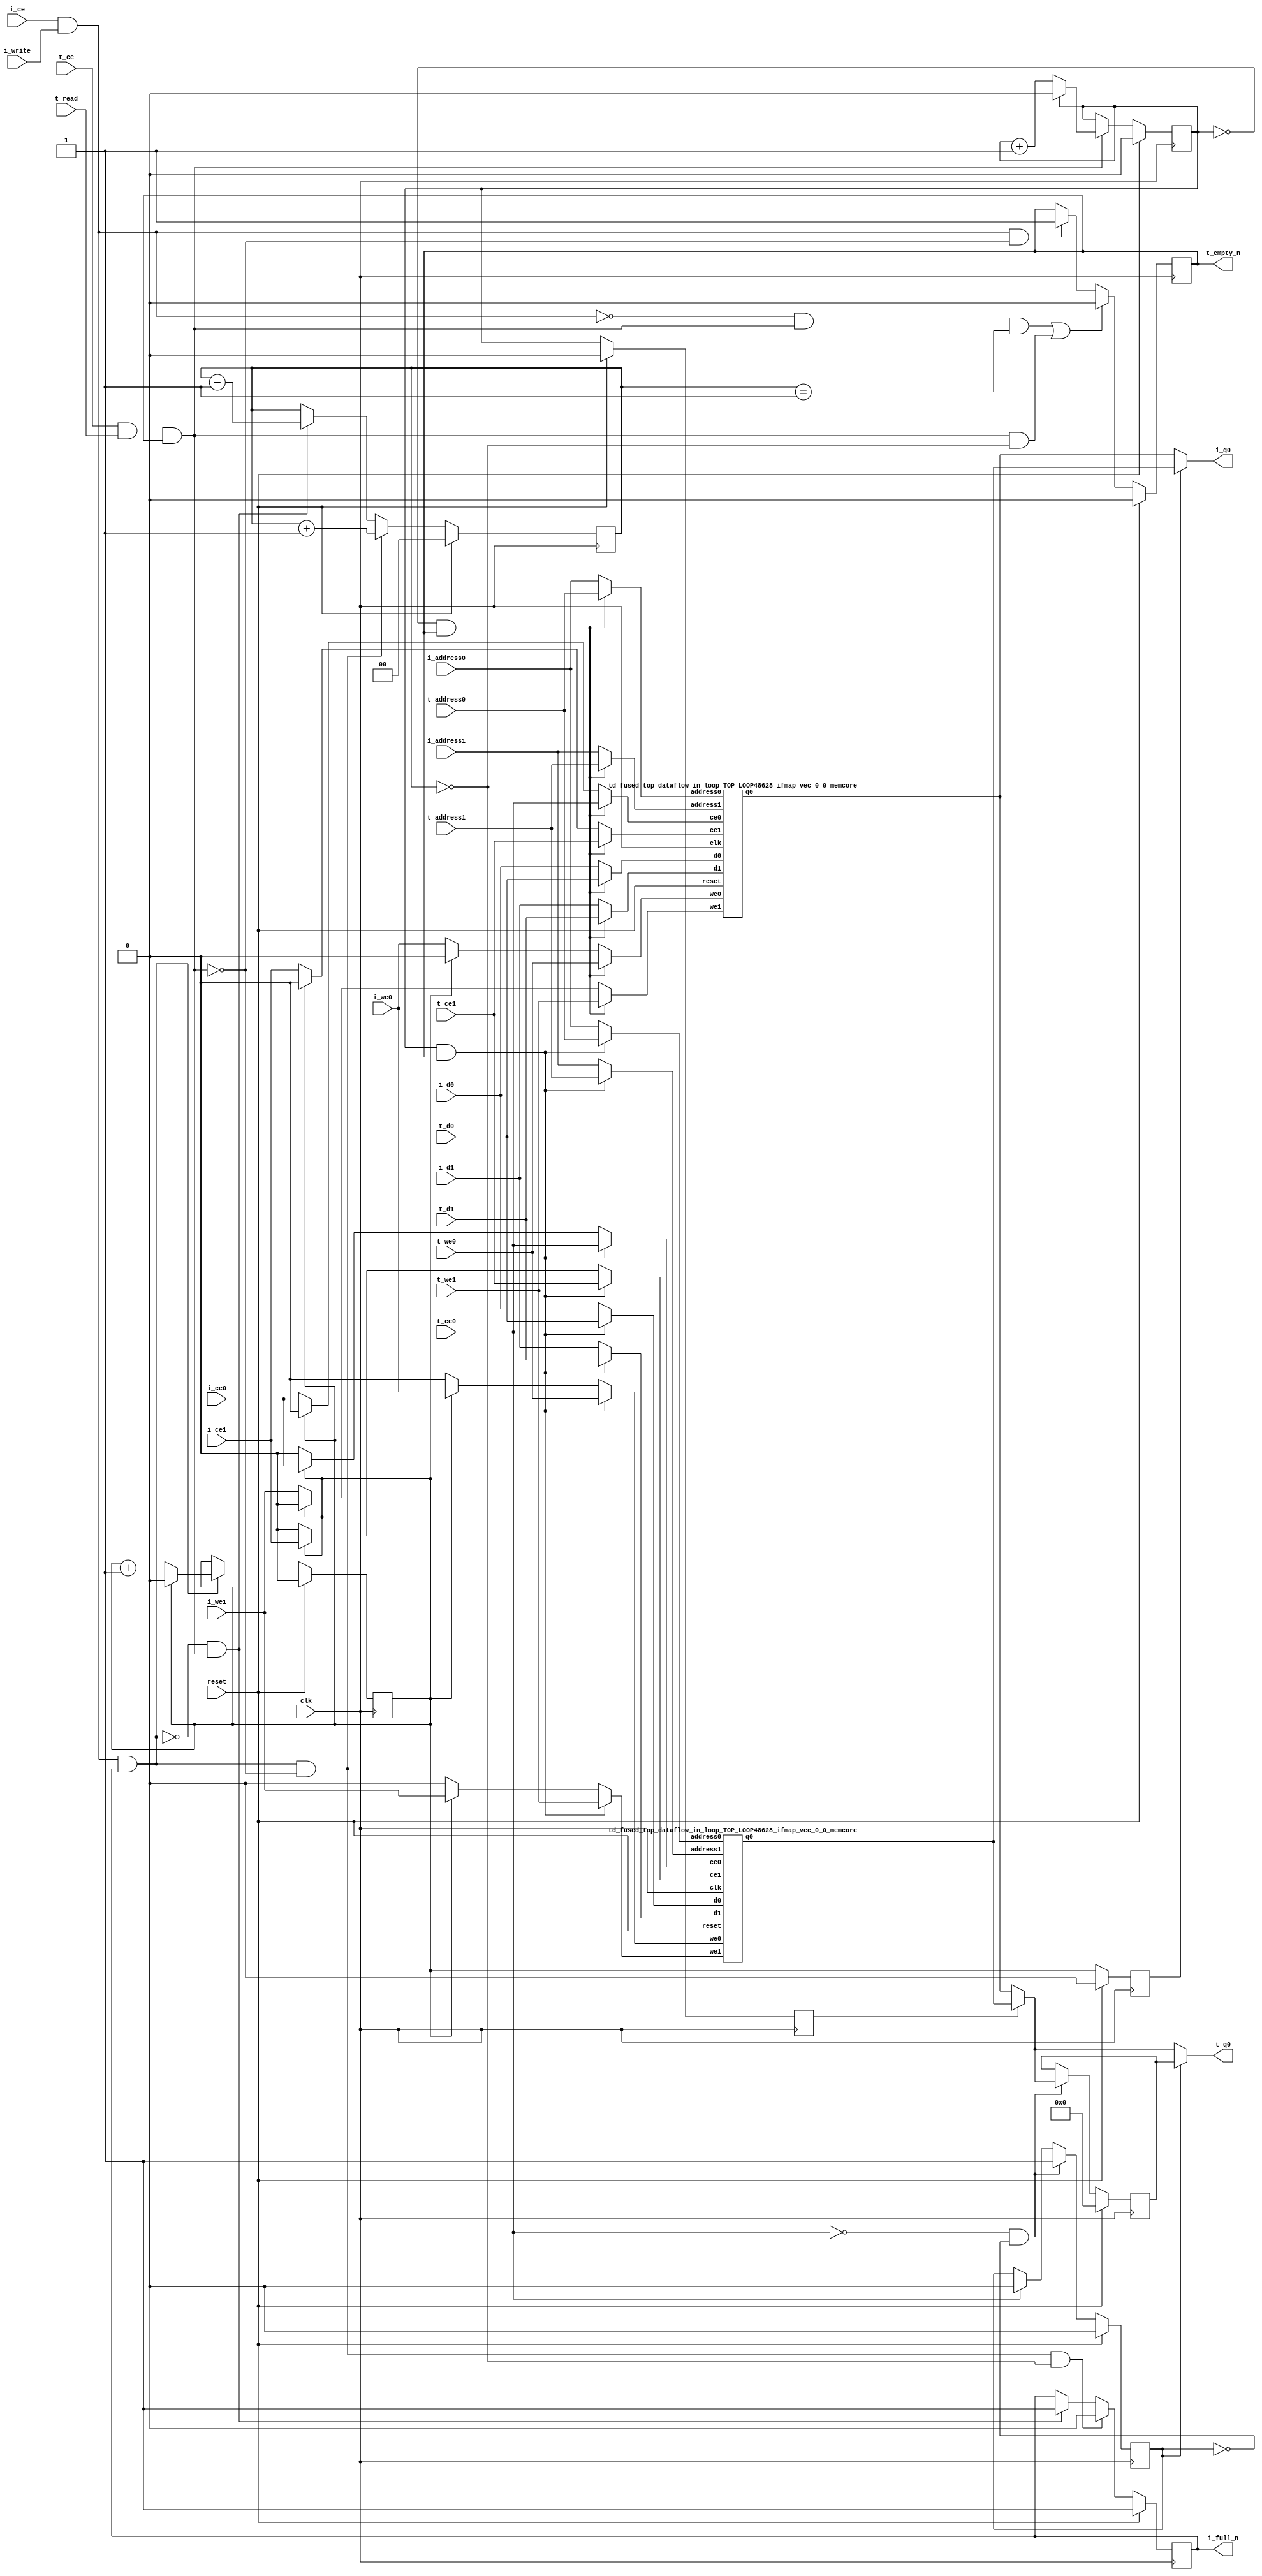
`define EXPONENT 5
`define MANTISSA 10
`define ACTUAL_MANTISSA 11
`define EXPONENT_LSB 10
`define EXPONENT_MSB 14
`define MANTISSA_LSB 0
`define MANTISSA_MSB 9
`define MANTISSA_MUL_SPLIT_LSB 3
`define MANTISSA_MUL_SPLIT_MSB 9
`define SIGN 1
`define SIGN_LOC 15
`define DWIDTH (`SIGN+`EXPONENT+`MANTISSA)
`define IEEE_COMPLIANCE 1

module td_fused_top_dataflow_in_loop_TOP_LOOP48628_ifmap_vec_0_0
#(parameter
    DataWidth    = 16,
    AddressRange = 32,
    AddressWidth = 5,
    BufferCount  = 2,
    MemLatency   = 1,
    IndexWidth   = 1
) (
    // system signals
    input  wire                    clk,
    input  wire                    reset,
    // initiator
    input  wire                    i_ce,
    input  wire                    i_write,
    output wire                    i_full_n,
    input  wire                    i_ce0,
    input  wire                    i_we0,
    input  wire [AddressWidth-1:0] i_address0,
    input  wire [DataWidth-1:0]    i_d0,
    output wire [DataWidth-1:0]    i_q0,
    input  wire                    i_ce1,
    input  wire                    i_we1,
    input  wire [AddressWidth-1:0] i_address1,
    input  wire [DataWidth-1:0]    i_d1,
    // target
    input  wire                    t_ce,
    input  wire                    t_read,
    output wire                    t_empty_n,
    input  wire                    t_ce0,
    input  wire                    t_we0,
    input  wire [AddressWidth-1:0] t_address0,
    input  wire [DataWidth-1:0]    t_d0,
    output wire [DataWidth-1:0]    t_q0,
    input  wire                    t_ce1,
    input  wire                    t_we1,
    input  wire [AddressWidth-1:0] t_address1,
    input  wire [DataWidth-1:0]    t_d1
);
//------------------------Local signal-------------------
// control/status
reg  [IndexWidth-1:0]   iptr    = 1'b0; // initiator index
reg  [IndexWidth-1:0]   tptr    = 1'b0; // target index
reg  [IndexWidth-1:0]   prev_iptr    = 1'b0; // previous initiator index
reg  [IndexWidth-1:0]   prev_tptr    = 1'b0; // previous target index
reg  [DataWidth-1:0]    reg_q0      = 1'b0; // buffer used if reader is stalled
reg                     reg_valid0    = 1'b0; // buffer has valid data
reg  [DataWidth-1:0]    reg_q1      = 1'b0; // buffer used if reader is stalled
reg                     reg_valid1    = 1'b0; // buffer has valid data
reg  [IndexWidth:0]     count   = 1'b0; // count of written buffers
reg                     full_n  = 1'b1; // whether all buffers are written
reg                     empty_n = 1'b0; // whether none of the buffers is written
wire                    push_buf;       // finish writing a buffer
wire                    write_buf;      // write a buffer
wire                    pop_buf;        // finish reading a buffer
// buffer signals
wire [BufferCount-1:0] buf_ce0;
wire [BufferCount-1:0] buf_we0;
wire [AddressWidth-1:0] buf_a0_0, buf_a0_1;
wire [DataWidth-1:0] buf_d0_0, buf_d0_1;
wire [DataWidth-1:0] buf_q0_0, buf_q0_1;
wire [BufferCount-1:0] buf_ce1;
wire [BufferCount-1:0] buf_we1;
wire [AddressWidth-1:0] buf_a1_0, buf_a1_1;
wire [DataWidth-1:0] buf_d1_0, buf_d1_1;
//------------------------Instantiation------------------
//genvar i;
        td_fused_top_dataflow_in_loop_TOP_LOOP48628_ifmap_vec_0_0_memcore td_fused_top_dataflow_in_loop_TOP_LOOP48628_ifmap_vec_0_0_memcore_U_0 (
            .reset    ( reset ),
            .clk      ( clk ),
            .address0 ( buf_a0_0 ),
            .ce0      ( buf_ce0[ 0 ] ),
            .we0      ( buf_we0[ 0 ] ),
            .d0       ( buf_d0_0 ),
            .q0       ( buf_q0_0 ),
            .address1 ( buf_a1_0 ),
            .ce1      ( buf_ce1[ 0 ] ),
            .we1      ( buf_we1[ 0 ] ),
            .d1       ( buf_d1_0 )
        );
        td_fused_top_dataflow_in_loop_TOP_LOOP48628_ifmap_vec_0_0_memcore td_fused_top_dataflow_in_loop_TOP_LOOP48628_ifmap_vec_0_0_memcore_U_1 (
            .reset    ( reset ),
            .clk      ( clk ),
            .address0 ( buf_a0_1 ),
            .ce0      ( buf_ce0[ 1 ] ),
            .we0      ( buf_we0[ 1 ] ),
            .d0       ( buf_d0_1 ),
            .q0       ( buf_q0_1 ),
            .address1 ( buf_a1_1 ),
            .ce1      ( buf_ce1[ 1 ] ),
            .we1      ( buf_we1[ 1 ] ),
            .d1       ( buf_d1_1 )
        );

//++++++++++++++++++++++++buffer signals+++++++++++++++++
        assign buf_ce0[ 0 ] = (tptr ==  0  && empty_n) ? t_ce0
                             : (iptr ==  0 ) ? i_ce0 : 1'b0;
        assign buf_a0_0  = (tptr ==  0  && empty_n) ?  t_address0 : i_address0;
        assign buf_we0[ 0 ] = (tptr ==  0  && empty_n)  ? t_we0
                             : (iptr ==  0 ) ? i_we0 : 1'b0;
        assign buf_d0_0  = (tptr ==  0  && empty_n) ? t_d0       : i_d0;
        assign buf_ce1[ 0 ] = (tptr ==  0  && empty_n) ? t_ce1
                             : (iptr ==  0 ) ? i_ce1 : 1'b0;
        assign buf_a1_0  = (tptr ==  0  && empty_n) ?  t_address1 : i_address1;
        assign buf_we1[ 0 ] = (tptr ==  0  && empty_n)  ? t_we1
                             : (iptr ==  0 ) ? i_we1 : 1'b0;
        assign buf_d1_0  = (tptr ==  0  && empty_n) ? t_d1       : i_d1;
        assign buf_ce0[ 1 ] = (tptr ==  1  && empty_n) ? t_ce0
                             : (iptr ==  1 ) ? i_ce0 : 1'b0;
        assign buf_a0_1  = (tptr ==  1  && empty_n) ?  t_address0 : i_address0;
        assign buf_we0[ 1 ] = (tptr ==  1  && empty_n)  ? t_we0
                             : (iptr ==  1 ) ? i_we0 : 1'b0;
        assign buf_d0_1  = (tptr ==  1  && empty_n) ? t_d0       : i_d0;
        assign buf_ce1[ 1 ] = (tptr ==  1  && empty_n) ? t_ce1
                             : (iptr ==  1 ) ? i_ce1 : 1'b0;
        assign buf_a1_1  = (tptr ==  1  && empty_n) ?  t_address1 : i_address1;
        assign buf_we1[ 1 ] = (tptr ==  1  && empty_n)  ? t_we1
                             : (iptr ==  1 ) ? i_we1 : 1'b0;
        assign buf_d1_1  = (tptr ==  1  && empty_n) ? t_d1       : i_d1;
//+++++++++++++++++++++++++++++++++++++++++++++++++++++++

//------------------------Body---------------------------
assign i_q0      = (prev_iptr == 1'b1 ? buf_q0_1 : buf_q0_0);
assign t_q0      = reg_valid0 ? reg_q0 : (prev_tptr == 1'b1 ? buf_q0_1 : buf_q0_0);

//++++++++++++++++++++++++output+++++++++++++++++++++++++
assign i_full_n  = full_n;
assign t_empty_n = empty_n;
//+++++++++++++++++++++++++++++++++++++++++++++++++++++++

//++++++++++++++++++++++++control/status+++++++++++++++++
assign push_buf = i_ce & i_write & full_n;
assign write_buf = i_ce & i_write;
assign pop_buf  = t_ce & t_read & empty_n;

// iptr
always @(posedge clk) begin
    if (reset == 1'b1)
        iptr <= 1'b0;
    else if (push_buf) begin
        if (iptr == BufferCount - 1'b1)
            iptr <= 1'b0;
        else
            iptr <= iptr + 1'b1;
    end
end

// tptr
always @(posedge clk) begin
    if (reset == 1'b1)
        tptr <= 1'b0;
    else if (pop_buf) begin
        if (tptr == BufferCount - 1'b1)
            tptr <= 1'b0;
        else
            tptr <= tptr + 1'b1;
    end
end

// prev_iptr
always @(posedge clk) begin
    if (reset == 1'b1)
        prev_iptr <= 1'b0;
    else begin
        prev_iptr <= iptr;
    end
end

// prev_tptr
always @(posedge clk) begin
    if (reset == 1'b1)
        prev_tptr <= 1'b0;
    else begin
        prev_tptr <= tptr;
    end
end

// reg_q0 and reg_valid0
always @(posedge clk) begin
    if (reset == 1'b1) begin
        reg_q0     <= 1'b0;
        reg_valid0 <= 1'b0;
    end else if (!t_ce0 && !reg_valid0) begin
        reg_q0     <= (prev_tptr == 1'b1 ? buf_q0_1 : buf_q0_0);
        reg_valid0 <= 1'b1;
    end else if (t_ce0) begin
        reg_valid0 <= 1'b0;
    end
end

// count
always @(posedge clk) begin
    if (reset == 1'b1)
        count <= 1'b0;
    else if (push_buf && !pop_buf)
        count <= count + 1'b1;
    else if (!push_buf && pop_buf)
        count <= count - 1'b1;
end

// full_n
always @(posedge clk) begin
    if (reset == 1'b1)
        full_n <= 1'b1;
    else if (push_buf && !pop_buf && count == BufferCount - 2'd2)
        full_n <= 1'b0;
    else if (!push_buf && pop_buf)
        full_n <= 1'b1;
end

// empty_n
always @(posedge clk) begin
    if (reset == 1'b1)
        empty_n <= 1'b0;
    else if ((!write_buf && pop_buf && count == 1'b1)
             || (pop_buf && count == 1'b0))
        empty_n <= 1'b0;
    else if (write_buf && !pop_buf)
        empty_n <= 1'b1;
end
//+++++++++++++++++++++++++++++++++++++++++++++++++++++++

endmodule
module td_fused_top_dataflow_in_loop_TOP_LOOP48628_ifmap_vec_0_0_memcore(
    reset,
    clk,
    address0,
    ce0,
    we0,
    d0,
    q0,
    address1,
    ce1,
    we1,
    d1);

parameter DataWidth = 32'd16;
parameter AddressRange = 32'd32;
parameter AddressWidth = 32'd5;
input reset;
input clk;
input[AddressWidth - 1:0] address0;
input ce0;
input we0;
input[DataWidth - 1:0] d0;
output[DataWidth - 1:0] q0;
input[AddressWidth - 1:0] address1;
input ce1;
input we1;
input[DataWidth - 1:0] d1;



td_fused_top_dataflow_in_loop_TOP_LOOP48628_ifmap_vec_0_0_memcore_ram td_fused_top_dataflow_in_loop_TOP_LOOP48628_ifmap_vec_0_0_memcore_ram_U(
    .clk( clk ),
    .addr0( address0 ),
    .ce0( ce0 ),
    .we0( we0 ),
    .d0( d0 ),
    .q0( q0 ),
    .addr1( address1 ),
    .ce1( ce1 ),
    .we1( we1 ),
    .d1( d1 )
);

endmodule
module td_fused_top_dataflow_in_loop_TOP_LOOP48628_ifmap_vec_0_0_memcore_ram (addr0, ce0, d0, we0, q0, addr1, ce1, d1, we1,  clk);

parameter DWIDTH = 16;
parameter AWIDTH = 5;
parameter MEM_SIZE = 32;

input[AWIDTH-1:0] addr0;
input ce0;
input[DWIDTH-1:0] d0;
input we0;
output reg[DWIDTH-1:0] q0;
input[AWIDTH-1:0] addr1;
input ce1;
input[DWIDTH-1:0] d1;
input we1;
input clk;

reg [DWIDTH-1:0] ram[MEM_SIZE-1:0];




always @(posedge clk)  
begin 
    if (ce0) begin
        if (we0) 
            ram[addr0] <= d0; 
        q0 <= ram[addr0];
    end
end


always @(posedge clk)  
begin 
    if (ce1) begin
        if (we1) 
            ram[addr1] <= d1; 
    end
end


endmodule